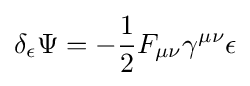
\delta _{\epsilon }\Psi =-{\frac {1}{2}}F_{\mu \nu }\gamma ^{\mu \nu }\epsilon